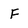
Character: F